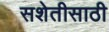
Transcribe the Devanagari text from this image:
सशेतीसाठी